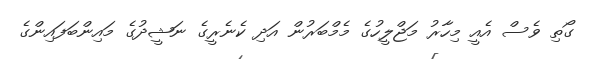
ގޯތި ވެސް އެއީ މިހާރު މަޖްލީހުގެ މެމްބަރުން އަދި ކެނެރީގެ ނަޝީދުގެ މައިންބަފައިންގެ